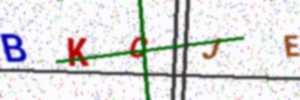
Text: BKCJE